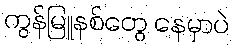
ကွန်မြူနစ်တွေ နေမှာပဲ